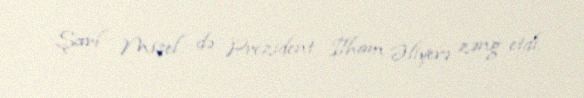
Şarl Mişel də Prezident İlham Əliyevə zəng etdi.